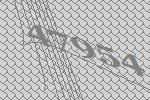
47954